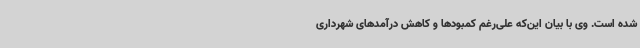
شده است. وی با بیان این‌که علی‌رغم کمبودها و کاهش درآمدهای شهرداری